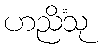
ဟညိံသု